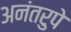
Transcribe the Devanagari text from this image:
अनंतरुपे